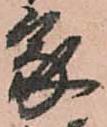
家